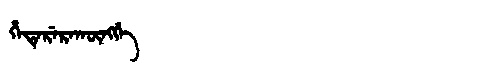
Manchu: ᡥᡝᡨᡝᡵᡝᡵᠠᡴᡡᠩᡤᡝ
Romanization: HETERERAKŪNGGE